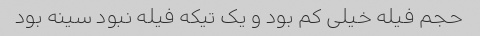
حجم فیله خیلی کم بود و یک تیکه فیله نبود سینه بود